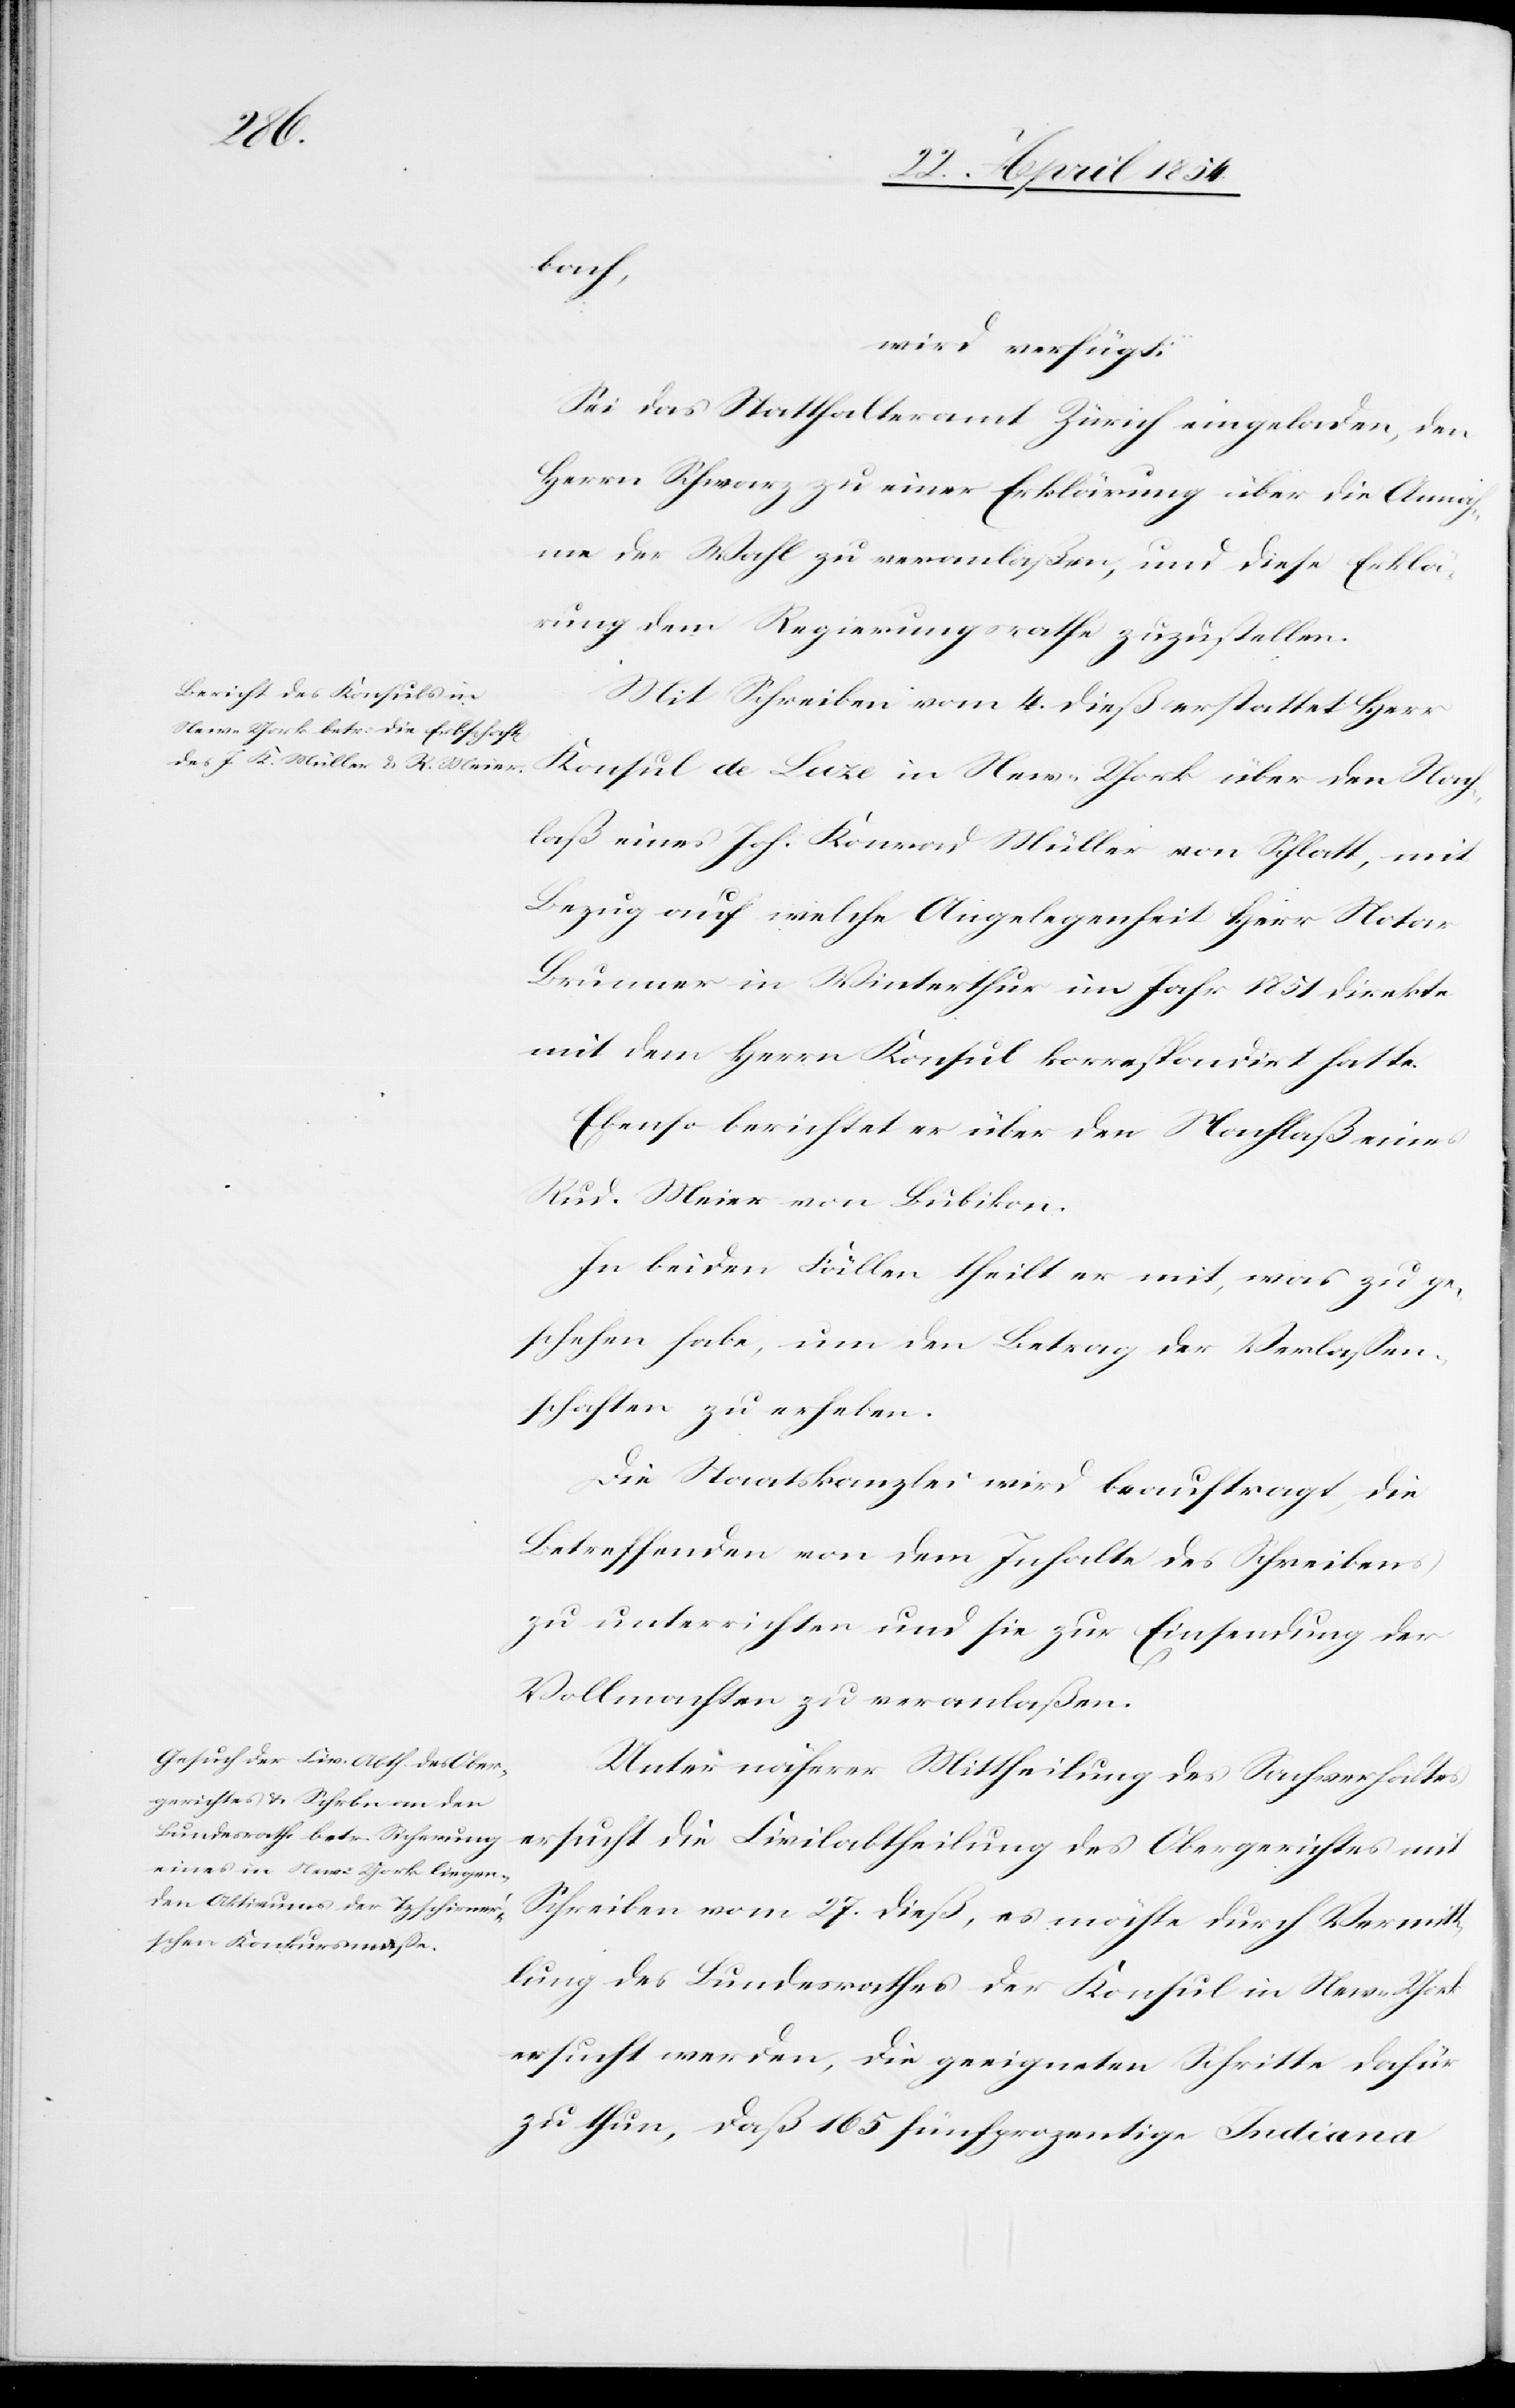
28. April 1854.]
bach,
wird verfügt:
Sei das Statthalteramt Zürich eingeladen, den
Herrn Schwarz zu einer Erklärung über die Annah¬
me der Wahl zu veranlaßen, und diese Erklä¬
rung dem Regierungsrathe zuzustellen.
Mit Schreiben vom 4. dieß erstattet Herr
Konsul de Laze in New-York über den Nach¬
laß eines Joh. Konrad Müller von Schlatt, mit
Bezug auf welche Angelegenheit Herr Notar
Brunner in Winterthur im Jahr 1851 direkte
mit dem Herrn Konsul korrespondirt hatte.
Ebenso berichtet er über den Nachlaß eines
Rud. Meier von Bubikon.
In beiden Fällen theilt er mit, was zu ge¬
schehen habe, um den Betrag der Verlaßen¬
schaften zu erheben.
Die Staatskanzlei wird beauftragt, die
Betreffenden von dem Inhalte des Schreibens
zu unterrichten und sie zur Einsendung der
Vollmachten zu veranlaßen.
Unter näherer Mittheilung des Sachverhaltes
ersucht die Civilabtheilung des Obergerichtes mit
Schreiben vom 27. dieß, es möchte durch Vermitt¬
lung des Bundesrathes der Konsul in New-York
ersucht werden, die geeigneten Schritte dafür
zu thun, daß 165 fünfprozentige Indiana